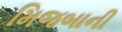
મિજબાની